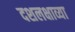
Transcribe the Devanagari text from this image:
दशलक्षाव्या